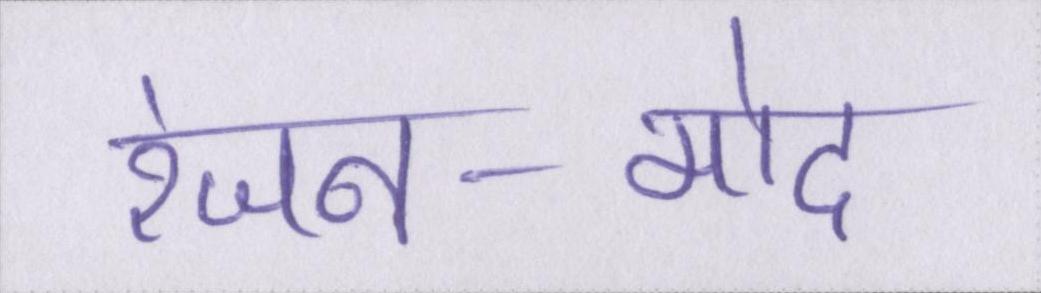
रंजन-मोद